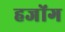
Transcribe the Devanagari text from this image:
हजोंग